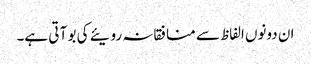
ان دونوں الفاظ سے منافقانہ رویئے کی بو آ تی ہے۔